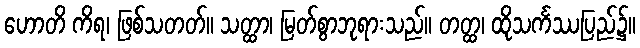
ဟောတိ ကိရ၊ ဖြစ်သတတ်။ သတ္ထာ၊ မြတ်စွာဘုရားသည်။ တတ္ထ၊ ထိုသင်္ကဿပြည်၌။